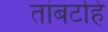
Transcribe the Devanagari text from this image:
तांबटहि